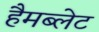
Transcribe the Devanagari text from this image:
हैमब्लेट